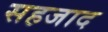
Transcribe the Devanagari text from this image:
सहजाद